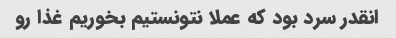
انقدر سرد بود که عملا نتونستیم بخوریم غذا رو